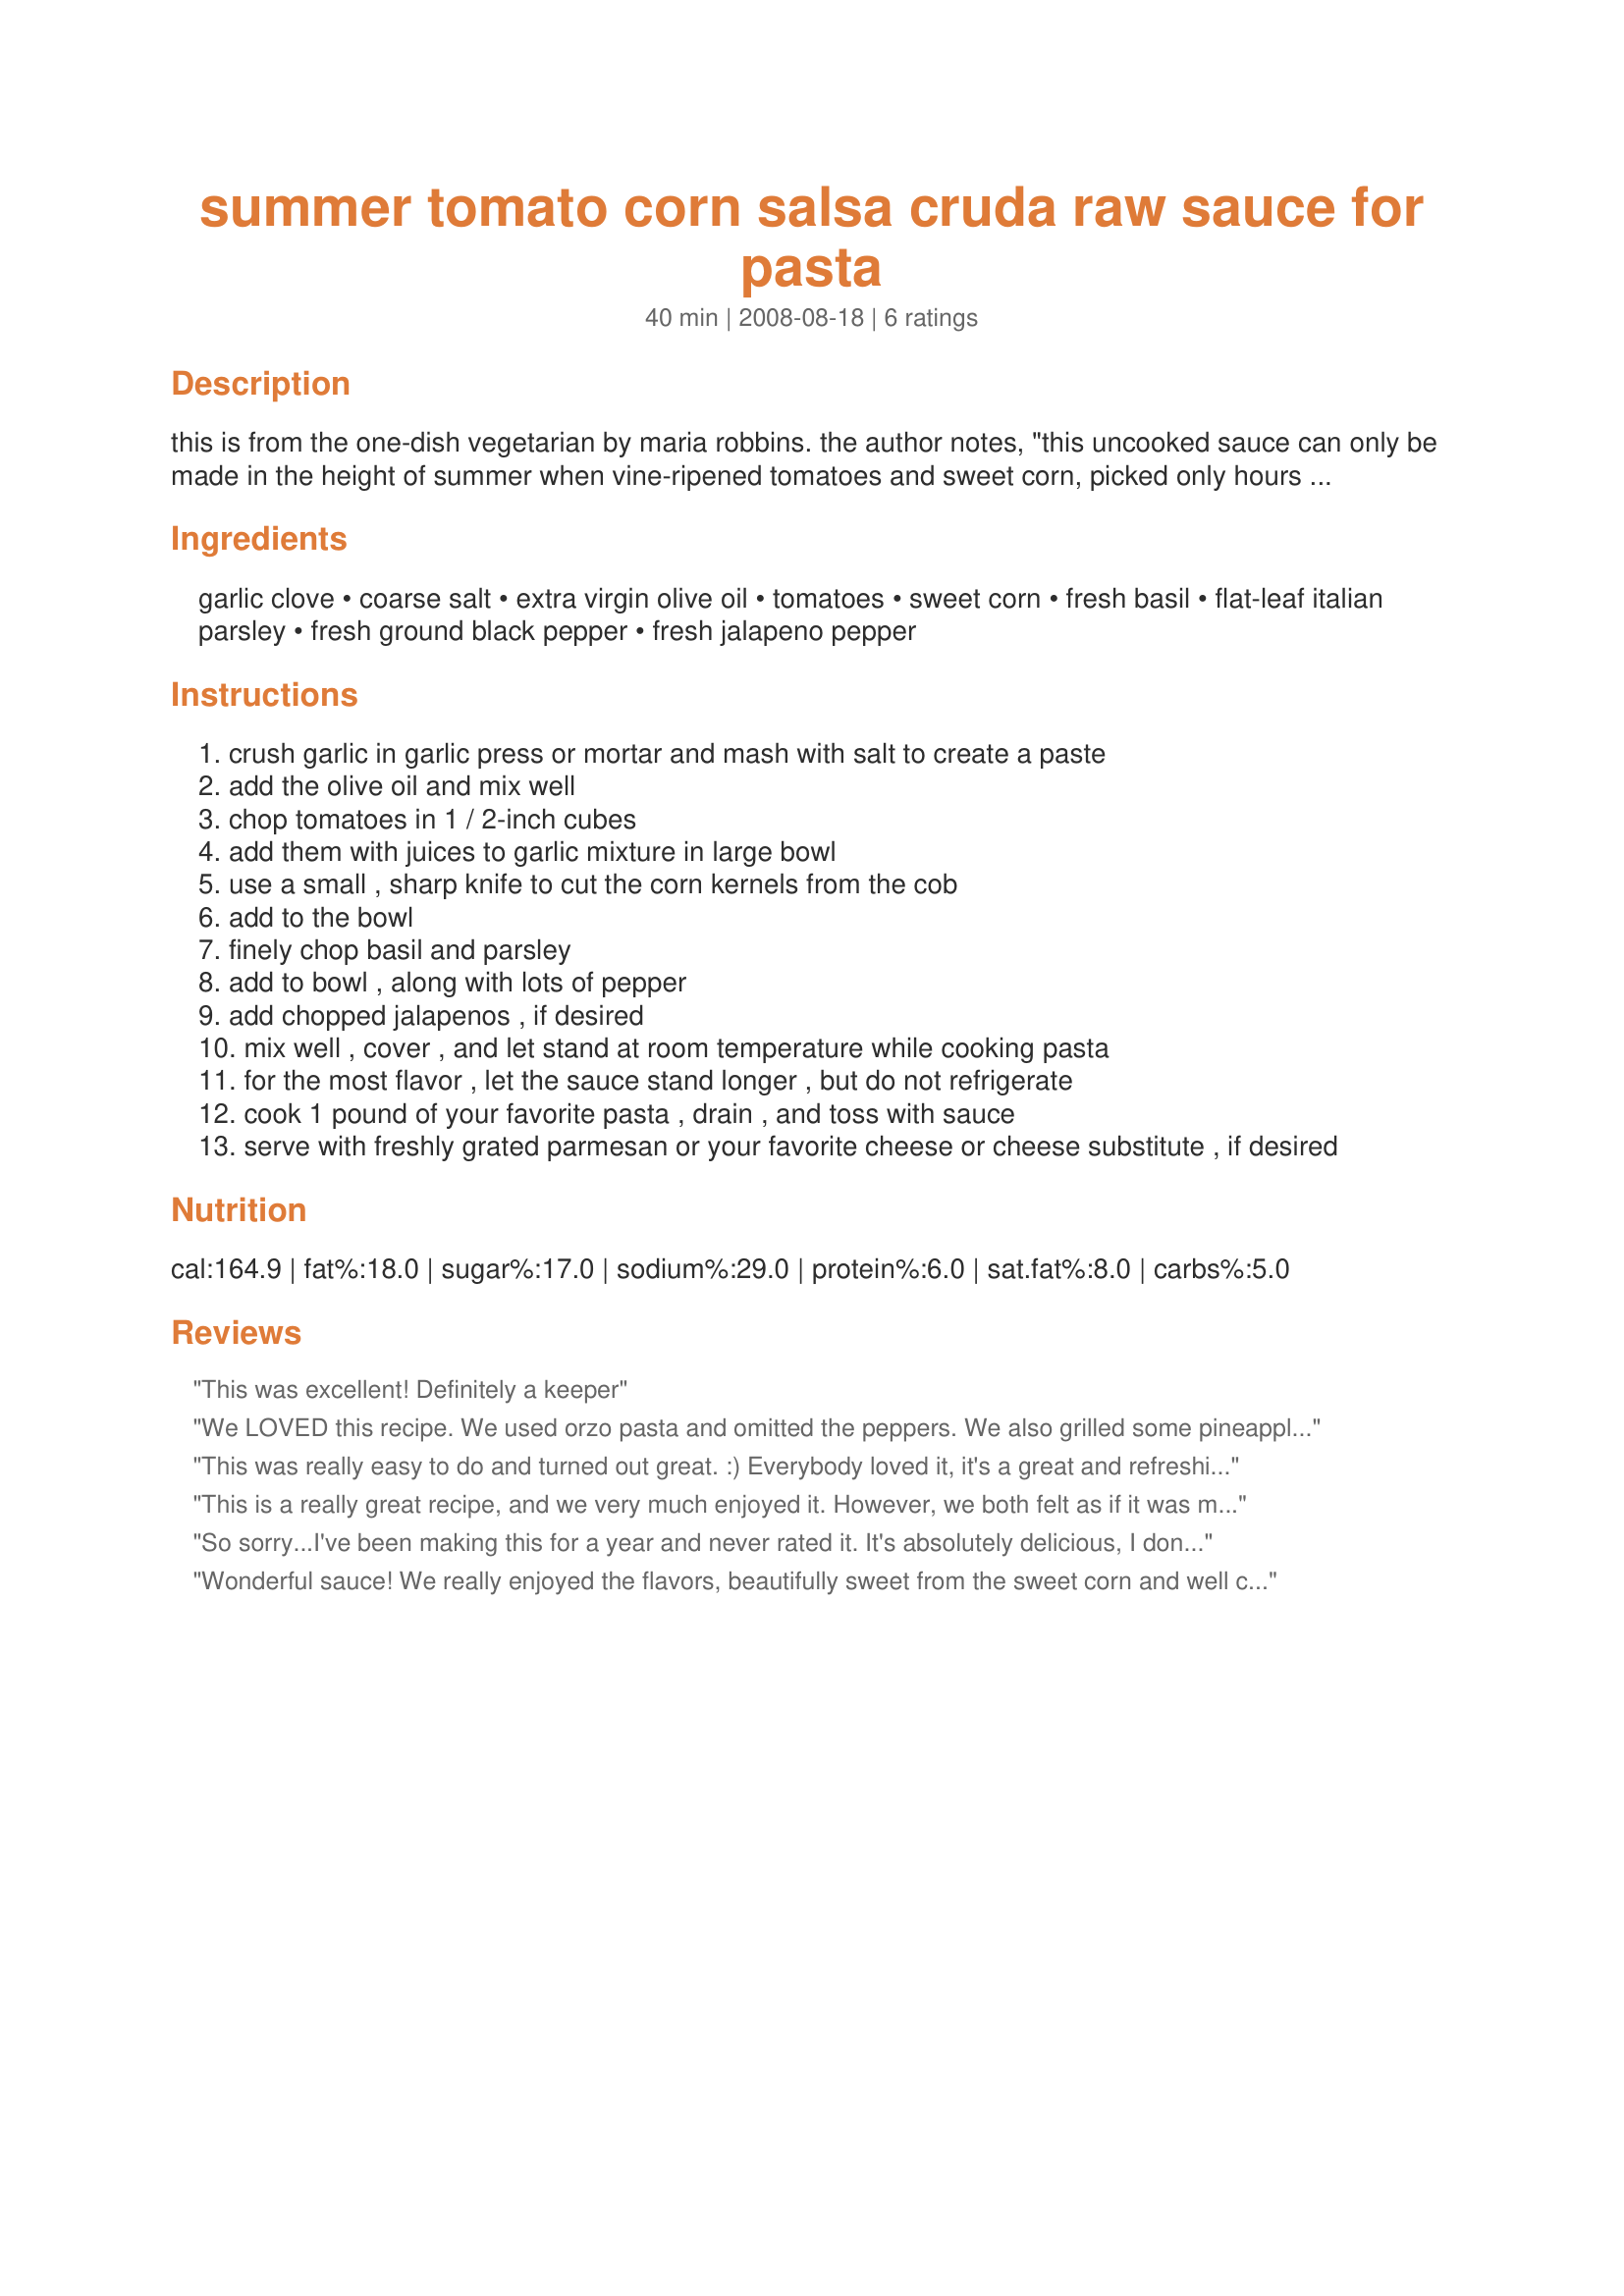
summer tomato corn salsa cruda raw sauce for pasta
Preparation time: 40 minutes

this is from the one-dish vegetarian by maria robbins. the author notes, "this uncooked sauce can only be made in the height of summer when vine-ripened tomatoes and sweet corn, picked only hours before, are available. " i say it's absolutely delicious. i wish i could eat it year-round.

Ingredients:
garlic clove, coarse salt, extra virgin olive oil, tomatoes, sweet corn, fresh basil, flat-leaf italian parsley, fresh ground black pepper, fresh jalapeno pepper

Steps:
crush garlic in garlic press or mortar and mash with salt to create a paste
add the olive oil and mix well
chop tomatoes in 1 / 2-inch cubes
add them with juices to garlic mixture in large bowl
use a small , sharp knife to cut the corn kernels from the cob
add to the bowl
finely chop basil and parsley
add to bowl , along with lots of pepper
add chopped jalapenos , if desired
mix well , cover , and let stand at room temperature while cooking pasta
for the most flavor , let the sauce stand longer , but do not refrigerate
cook 1 pound of your favorite pasta , drain , and toss with sauce
serve with freshly grated parmesan or your favorite cheese or cheese substitute , if desired

Reviews:
This was excellent! Definitely a keeper
We LOVED this recipe. We used orzo pasta and omitted the peppers. We also grilled some pineapple infused shrimp to toss on the side. It was perfection!!!! Thank you so much for this recipe! My 16 month old sat at the table eating for an hour longer than we did. She was in heaven. All of her favorites in one dish! This will be a summer staple in my home from now on!
This was really easy to do and turned out great. :) Everybody loved it, it's a great and refreshing summer recipe. I didn't change anything. Thanks!
This is a really great recipe, and we very much enjoyed it. However, we both felt as if it was missing just a little something. Possibly more spice, or I'll try just a little lemon juice next time. It was super easy and perfect dish for 100? weather this summer! Thanks for sharing, Prose!
So sorry...I've been making this for a year and never rated it. It's absolutely delicious, I don't change a thing, except using red pepper flakes if I don't have fresh peppers on hand. This is one of my favorite summer meals!
Wonderful sauce! We really enjoyed the flavors, beautifully sweet from the sweet corn and well complimented by the other ingredients. Thanks for sharing!
